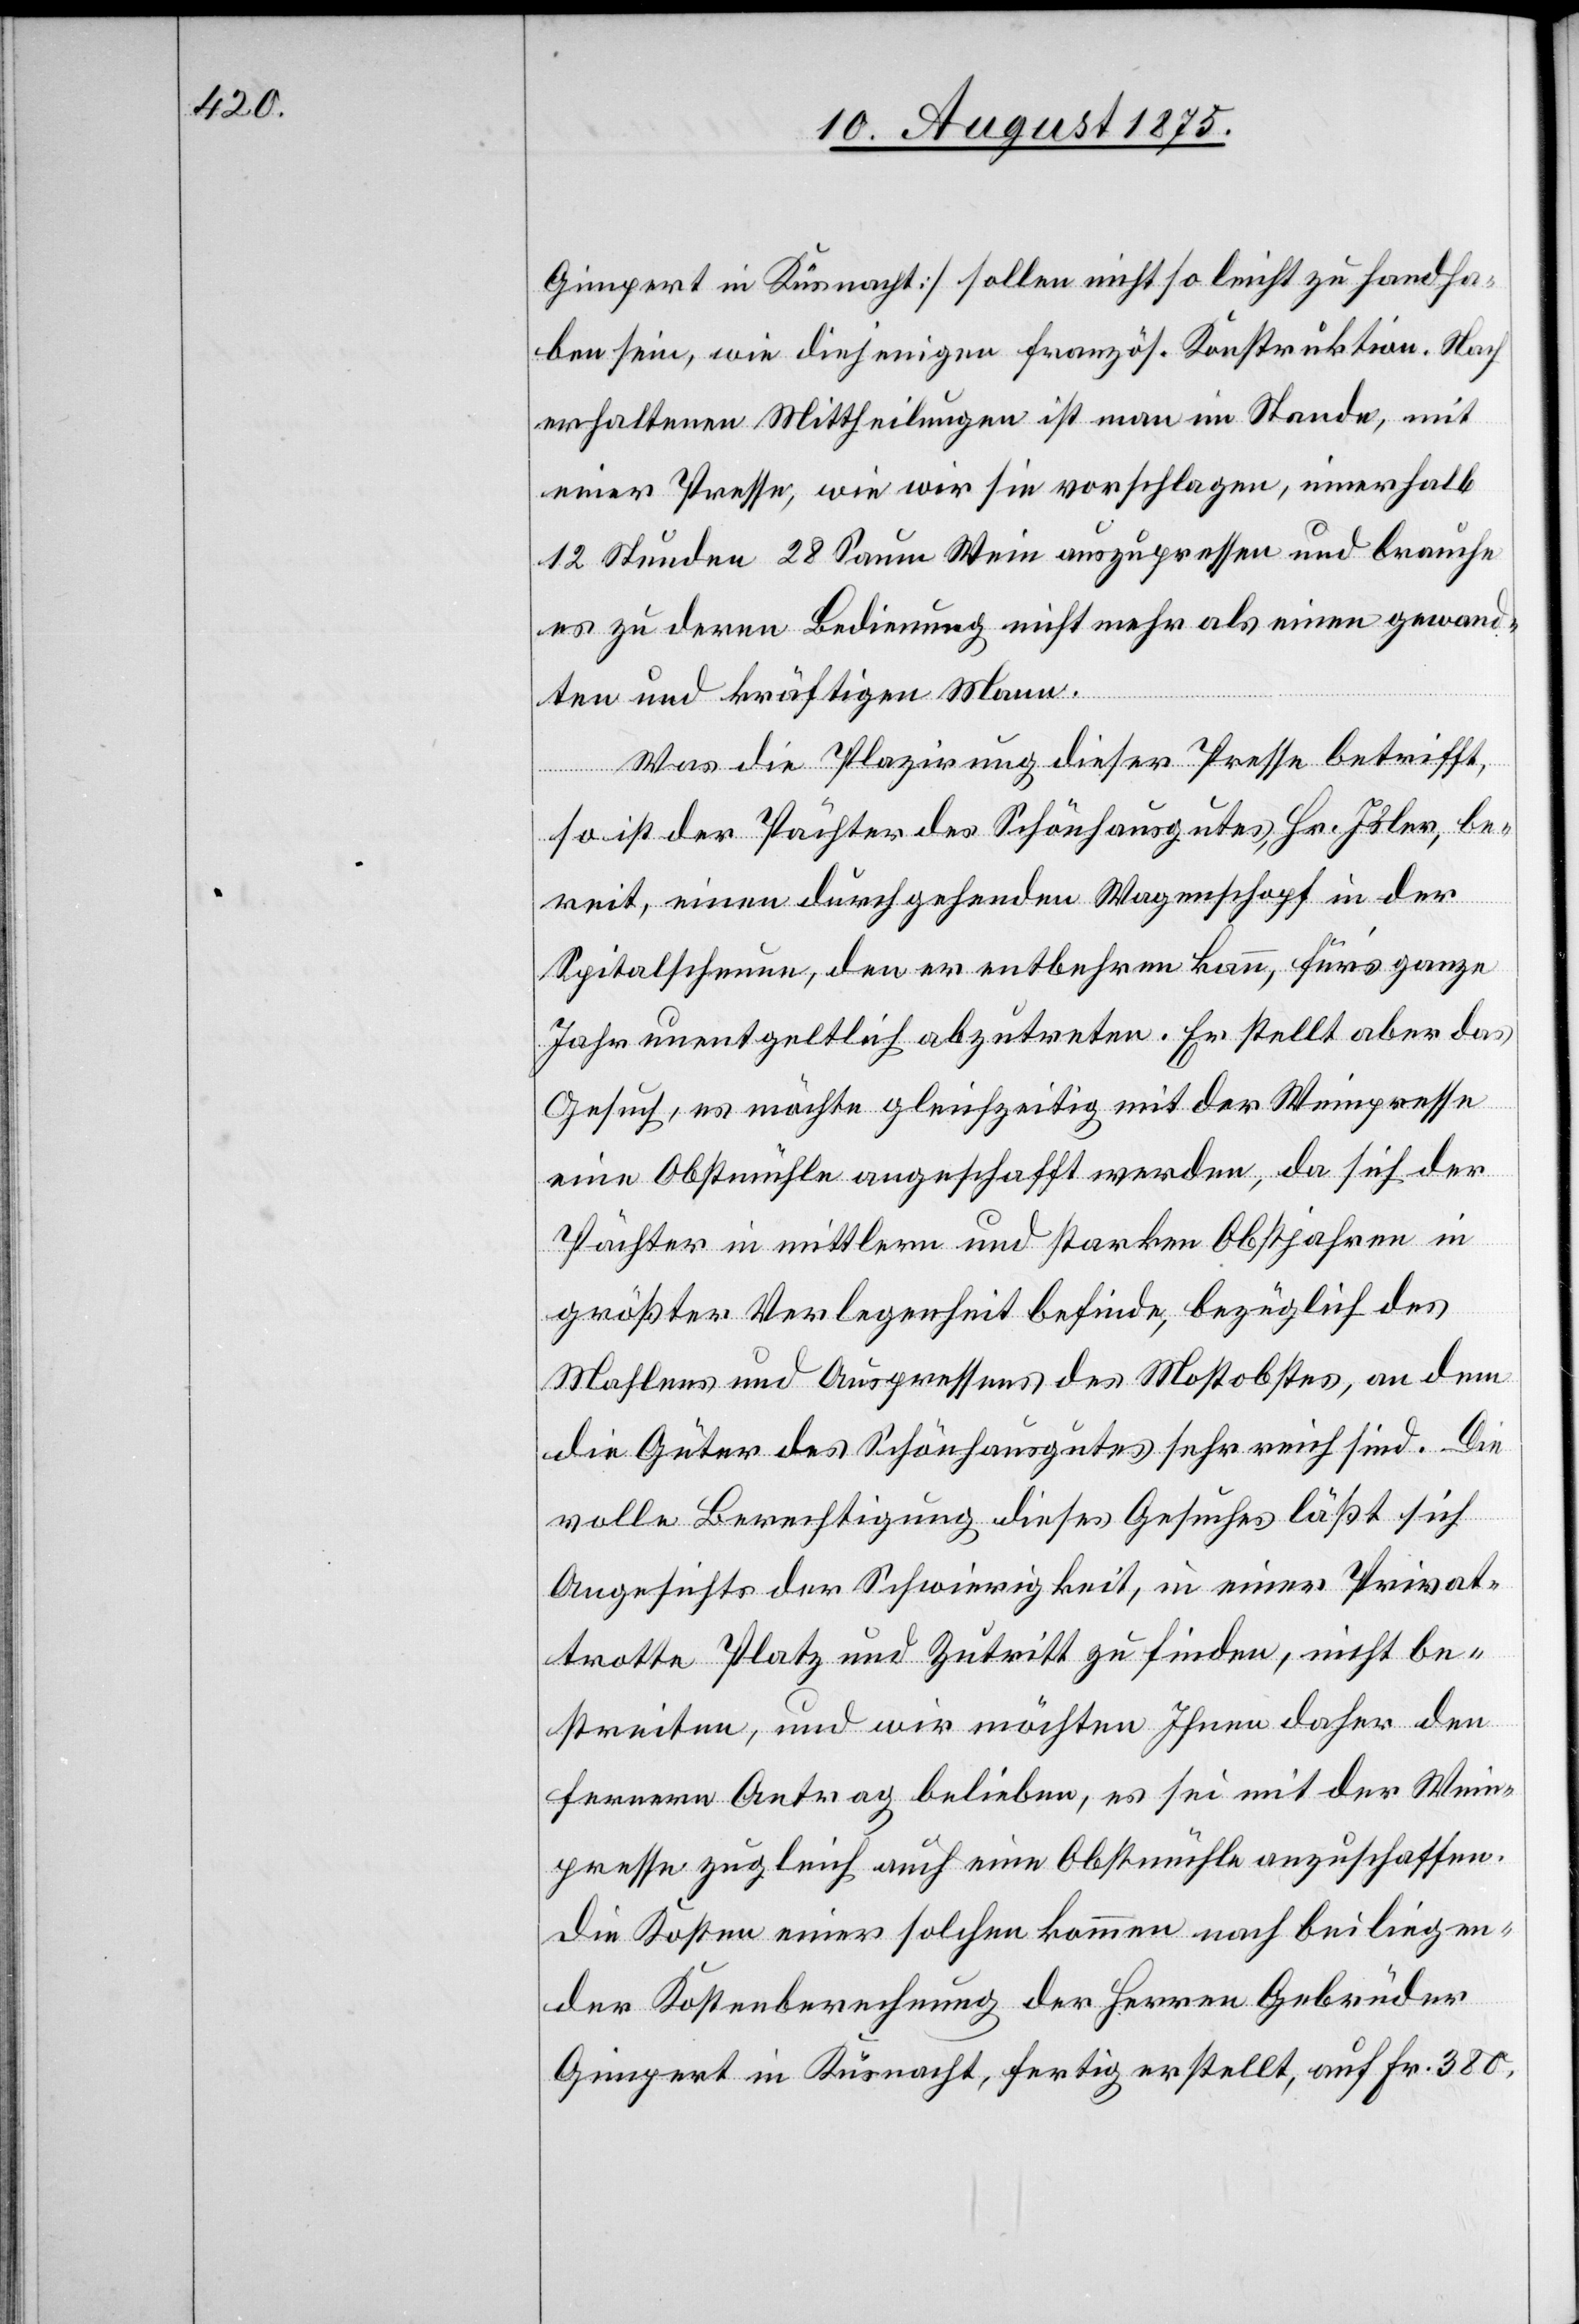
Gimpert in Küsnacht] sollen nicht so leicht zu handha¬
ben sein, wie diejenigen französ. Konstruktion. Nach
erhaltenen Mittheilungen ist man im Stande, mit
einer Presse, wie wir sie vorschlagen, innerhalb
12 Stunden 28 Saum Wein auszupressen und brauche
es zu deren Bedienung nicht mehr als einen gewand¬
ten und kräftigen Mann.
Was die Plazirung dieser Presse betrifft,
so ist der Pächter des Schönhausgutes, Hr. Isler, be¬
reit, einen durchgehenden Wagenschopf in der
Spitalscheune, den er entbehren kann, für’s ganze
Jahr unentgeltlich abzutreten. Er stellt aber das
Gesuch, es möchte gleichzeitig mit der Weinpresse
eine Obstmühle angeschafft werden, da sich der
Pächter in mittlern und starken Obstjahren in
größter Verlegenheit befinde, bezüglich des
Mahlens und Auspressens des Mostobstes, an dem
die Güter des Schönhausgutes sehr reich sind. Die
volle Berechtigung dieses Gesuches läßt sich
Angesichts der Schwierigkeit, in einer Privat¬
trotte Platz und Zutritt zu finden, nicht be¬
streiten, und wir möchten Ihnen daher den
fernern Antrag belieben, es sei mit der Wein¬
presse zugleich auch eine Obstmühle anzuschaffen.
[sic!] Kosten einer solchen kommen nach beiliegen¬
der Kostenberechnung der Herren Gebrüder
Gimpert in Küsnacht, fertig erstellt, auf Fr. 380